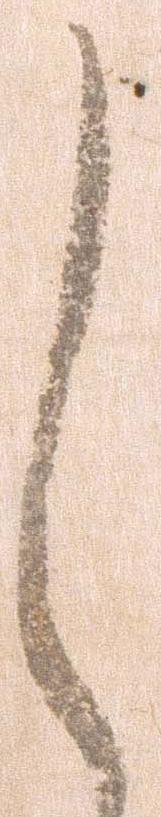
し